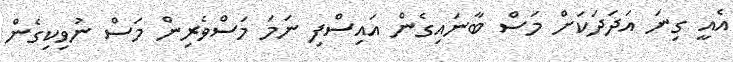
އެއީ ގިނަ އަދަދަކަށް މަސް ބާނައިގެން އައިސްފި ނަމަ މަސްވެރިން މަސް ނުވިކިގެން